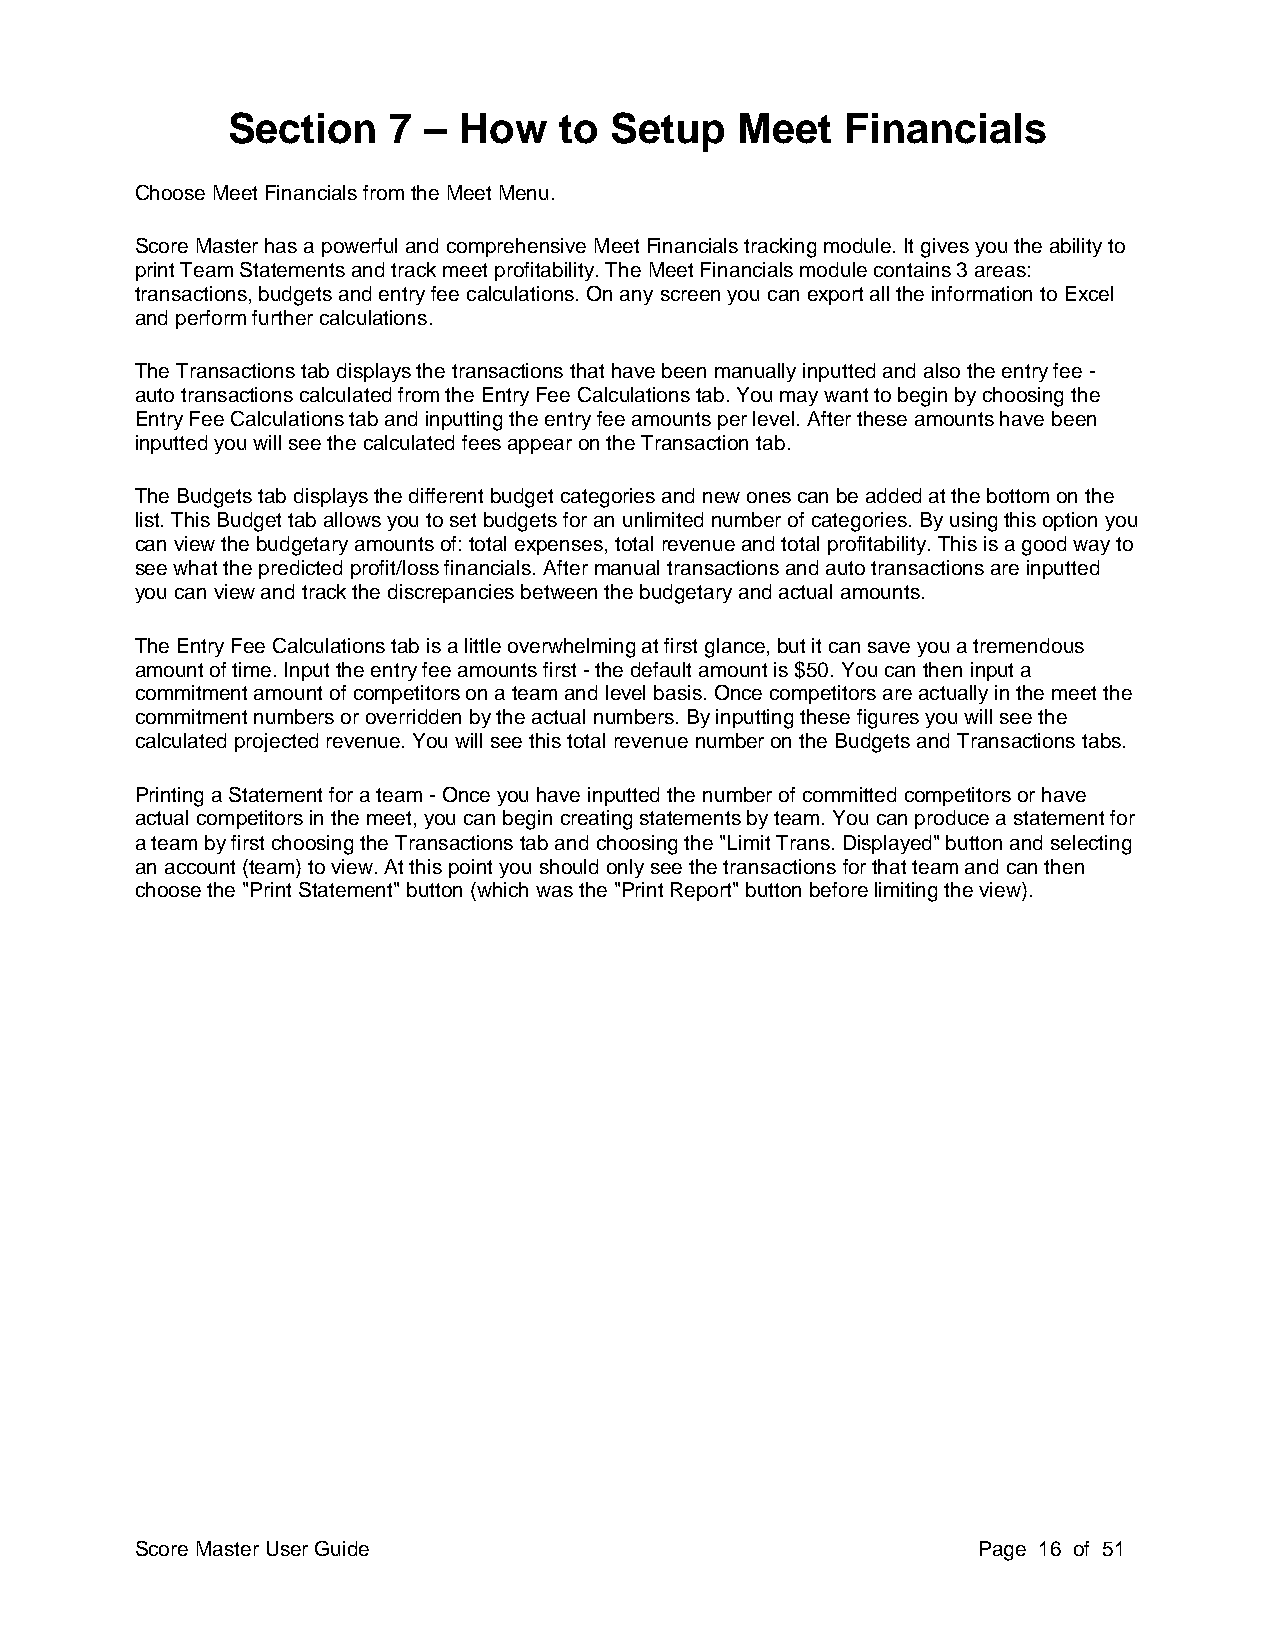
Section    7 – How    to Setup    Meet   Financials
 Choose Meet Financials from the Meet Menu.
 Score Master has a powerful and comprehensive Meet Financials tracking module. It gives you the ability to
 print Team Statements and track meet profitability. The Meet Financials module contains 3 areas:
 transactions, budgets and entry fee calculations. On any screen you can export all the information to Excel
 and perform further calculations.
 The Transactions tab displays the transactions that have been manually inputted and also the entry fee -
 auto transactions calculated from the Entry Fee Calculations tab. You may want to begin by choosing the
 Entry Fee Calculations tab and inputting the entry fee amounts per level. After these amounts have been
 inputted you will see the calculated fees appear on the Transaction tab.
 The Budgets tab displays the different budget categories and new ones can be added at the bottom on the
 list. This Budget tab allows you to set budgets for an unlimited number of categories. By using this option you
 can view the budgetary amounts of: total expenses, total revenue and total profitability. This is a good way to
 see what the predicted profit/loss financials. After manual transactions and auto transactions are inputted
 you can view and track the discrepancies between the budgetary and actual amounts.
 The Entry Fee Calculations tab is a little overwhelming at first glance, but it can save you a tremendous
 amount of time. Input the entry fee amounts first - the default amount is $50. You can then input a
 commitment amount of competitors on a team and level basis. Once competitors are actually in the meet the
 commitment numbers or overridden by the actual numbers. By inputting these figures you will see the
 calculated projected revenue. You will see this total revenue number on the Budgets and Transactions tabs.
 Printing a Statement for a team - Once you have inputted the number of committed competitors or have
 actual competitors in the meet, you can begin creating statements by team. You can produce a statement for
 a team by first choosing the Transactions tab and choosing the "Limit Trans. Displayed" button and selecting
 an account (team) to view. At this point you should only see the transactions for that team and can then
 choose the "Print Statement" button (which was the "Print Report" button before limiting the view).
 Score Master User Guide                                 Page 16 of 51